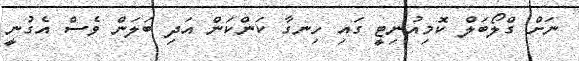
ނަށް ގްލޯބަލް ކޮމިއުނިޓީ ގައި ހިނގާ ކަންކަން އަދި ބަލަން ވެސް އެގުނީ